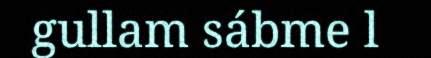
gullam sábme l